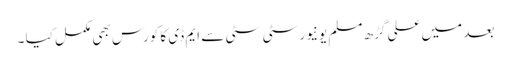
بعد میں علی گڑھ مسلم یونیورسٹی سٹی سے ایم ڈی کا کورس بھی مکمل کیا ۔